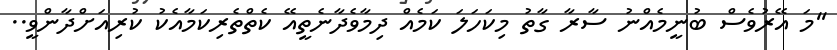
''މަ އޭރުވެސް ބުނީމެއްނު ސާރާ ގާތު މިކަހަލަ ކަމެއް ދިމާވެދާނެތީއޭ ކެތްތެރިކަމާއެކު ކުރިއަށްދާންވީ..